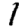
Digit: 1